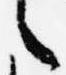
言